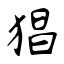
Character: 猖